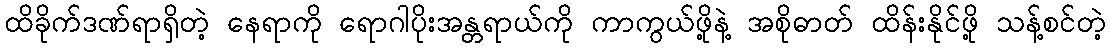
ထိခိုက်ဒဏ်ရာရှိတဲ့ နေရာကို ရောဂါပိုးအန္တရာယ်ကို ကာကွယ်ဖို့နဲ့ အစိုဓာတ် ထိန်းနိုင်ဖို့ သန့်စင်တဲ့